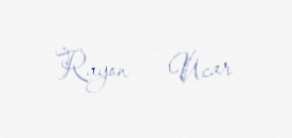
Rayon — Ucar